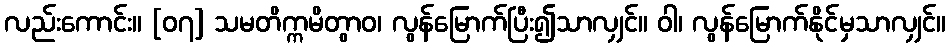
လည်းကောင်း။ [၀၇] သမတိက္ကမိတွာဝ၊ လွန်မြောက်ပြီး၍သာလျှင်။ ဝါ၊ လွန်မြောက်နိုင်မှသာလျှင်။